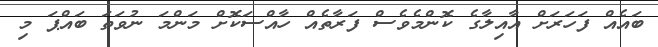
ބައެއް ފަހަރަށް އާއިލާގެ ކޮންމެވެސް ފަރާތެއް ހާއްސަކޮށް މަންމަ ނުވަތަ ބައްޕަ މި